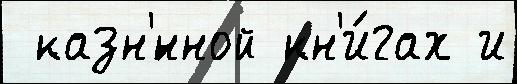
 казн'́нной кн'и́гах и